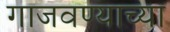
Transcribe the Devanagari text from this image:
गाजवण्याच्या